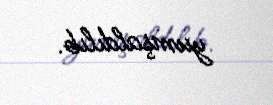
yumşaldılıb.